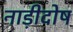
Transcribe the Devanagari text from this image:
नाड़ीदोष